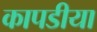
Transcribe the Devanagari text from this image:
कापडीया